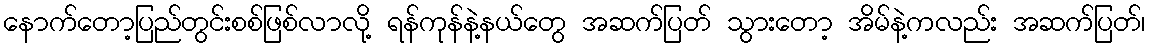
နောက်တော့ပြည်တွင်းစစ်ဖြစ်လာလို့ ရန်ကုန်နဲ့နယ်တွေ အဆက်ပြတ် သွားတော့ အိမ်နဲ့ကလည်း အဆက်ပြတ်၊